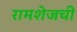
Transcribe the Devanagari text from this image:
रामशेजची